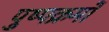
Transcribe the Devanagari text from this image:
पुष्पक्रमों